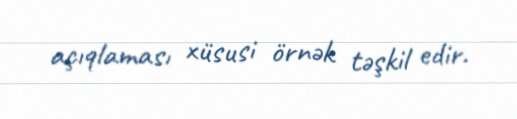
açıqlaması xüsusi örnək təşkil edir.